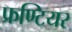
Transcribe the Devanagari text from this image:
फ्रण्टियर